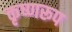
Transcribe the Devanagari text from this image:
कृष्णरूप